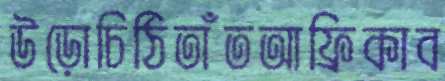
উড়োচিঠিতাঁতআফ্রিকাব